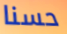
حسنا